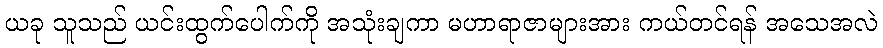
ယခု သူသည် ယင်းထွက်ပေါက်ကို အသုံးချကာ မဟာရာဇာများအား ကယ်တင်ရန် အသေအလဲ